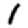
Digit: 1